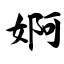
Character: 婀